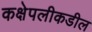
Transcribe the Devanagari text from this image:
कक्षेपलीकडील